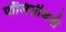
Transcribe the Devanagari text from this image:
पॉलिसीजची